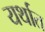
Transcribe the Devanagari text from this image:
यर्थात